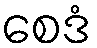
စေဒံ